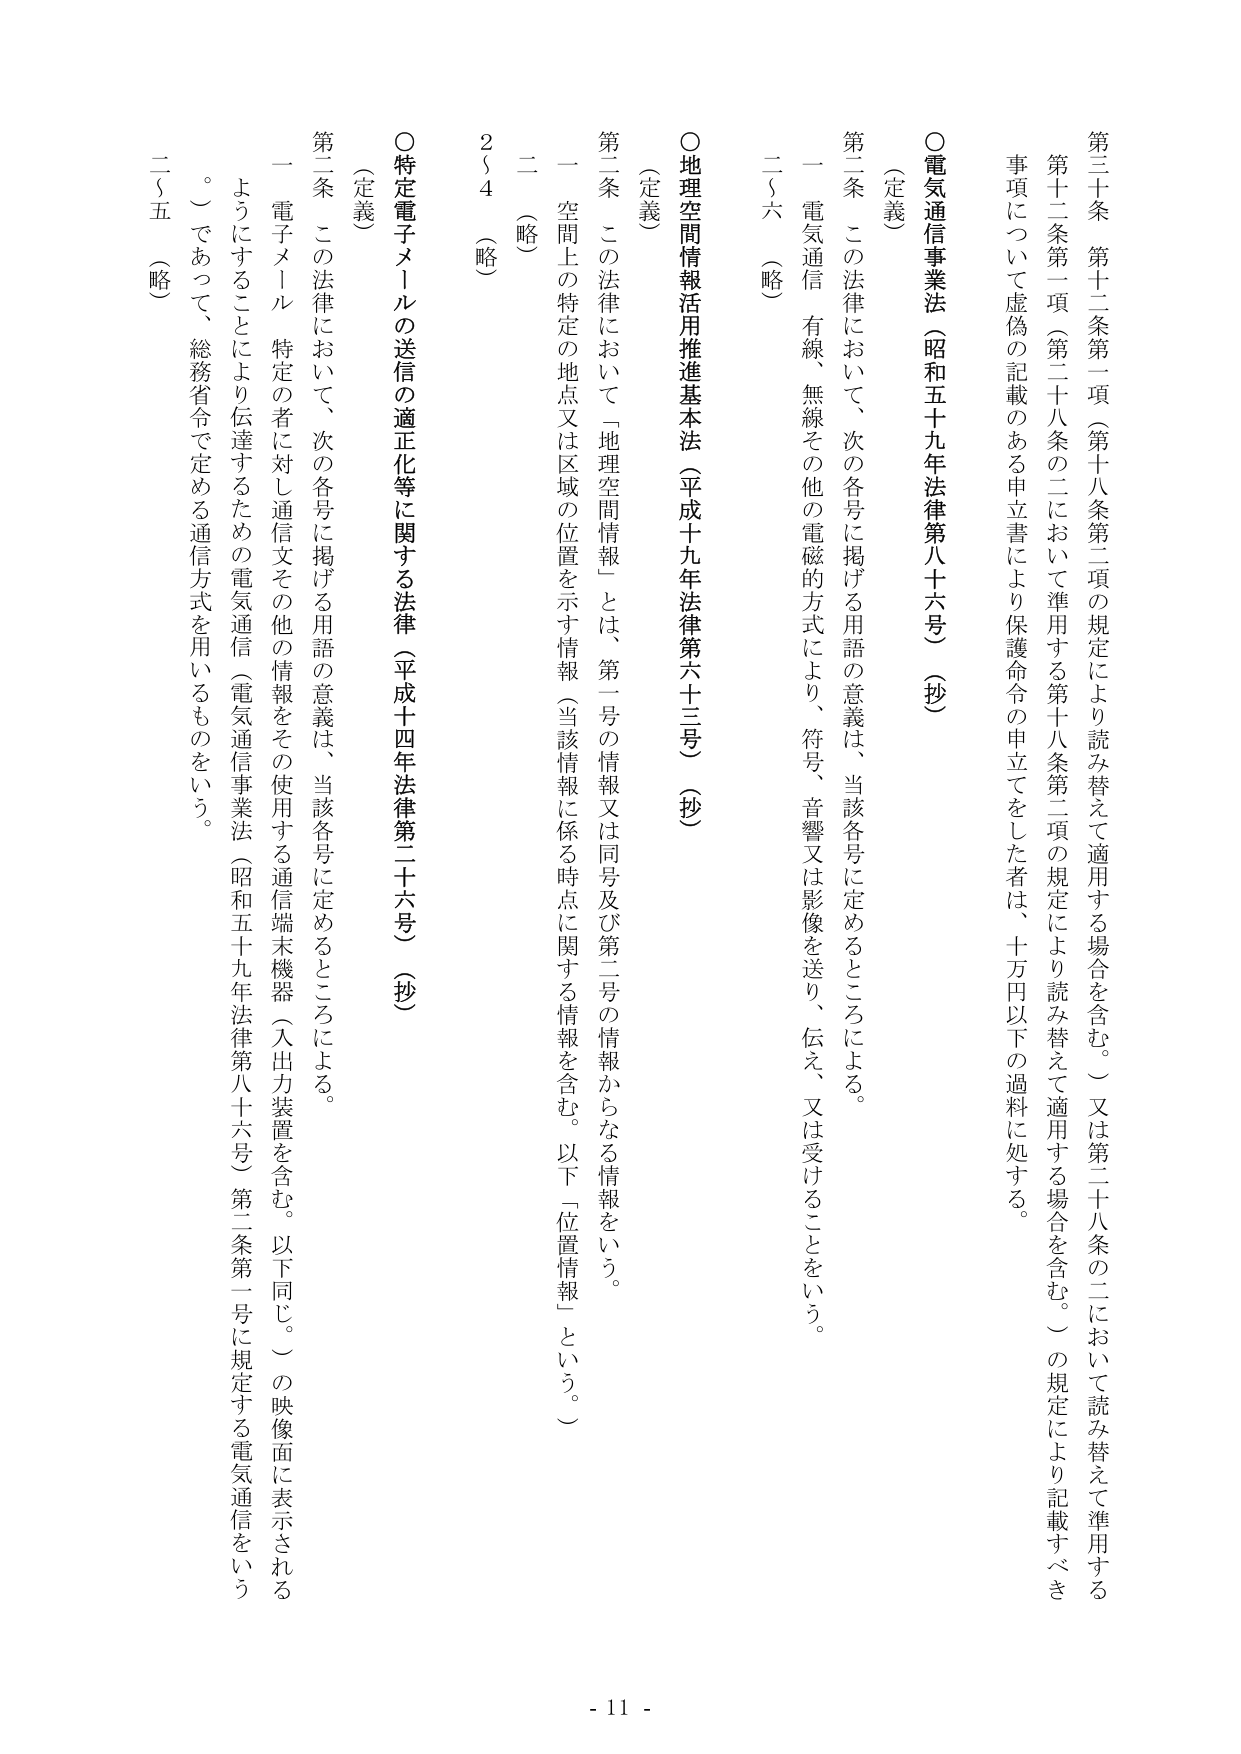
第三十条 第十二条第一項（第二十八条第二項の規定により読み替えて適用する場合を含む。）又は第二十八条の二において読み替えて準用する
第十二条第一項（第二十八条の二において準用する第十八条第二項の規定により読み替えて適用する場合を含む。）の規定により記載すべき
事項について虚偽の記載のある申立書により保護命令の申立てをした者は、十万円以下の過料に処する。

○電気通信事業法（昭和五十九年法律第八十六号）（抄）
（定義）
第一条 この法律において、次の各号に掲げる用語の意義は、当該各号に定めるところによる。
一 電気通信 有線、無線その他の電磁的方式により、符号、音響又は影像を送り、伝え、又は受けることをいう。
二～六 （略）

○地理空間情報活用推進基本法（平成十九年法律第六十三号）（抄）
（定義）
第一条 この法律において「地理空間情報」とは、第一号の情報又は同号及び第二号の情報からなる情報をいう。
一 空間上の特定の地点又は区域の位置を示す情報（当該情報に係る時点に関する情報を含む。以下「位置情報」という。）
二 （略）
2～4 （略）

○特定電子メールの送信の適正化等に関する法律（平成十四年法律第二十六号）（抄）
（定義）
第二条 この法律において、次の各号に掲げる用語の意義は、当該各号に定めるところによる。
一 電子メール 特定の者に対し通信文その他の情報をその使用する通信端末機器（入出力装置を含む。以下同じ。）の映像面に表示される
ようにすることにより伝達するための電気通信（電気通信事業法（昭和五十九年法律第八十六号）第二条第一号に規定する電気通信をいう
。）であって、総務省令で定める通信方式を用いるものをいう。
二～五 （略）

- 11 -